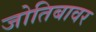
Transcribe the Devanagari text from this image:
जोतिबावर